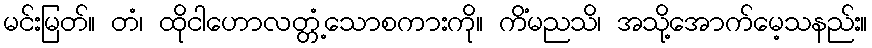
မင်းမြတ်။ တံ၊ ထိုငါဟောလတ္တံ့သောစကားကို။ ကိံမညသိ၊ အသို့အောက်မေ့သနည်း။